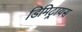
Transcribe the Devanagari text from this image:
डिमिट्रायस